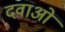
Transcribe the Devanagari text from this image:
दवाअों